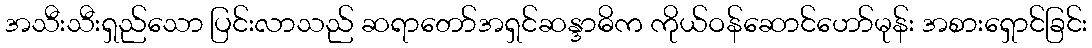
အသီးသီးရှည်သော ပြင်းလာသည် ဆရာတော်အရှင်ဆန္ဒာဓိက ကိုယ်ဝန်ဆောင်ဟော်မုန်း အစားရှောင်ခြင်း